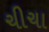
ચીચા